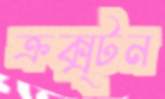
ক্রক্স্টন